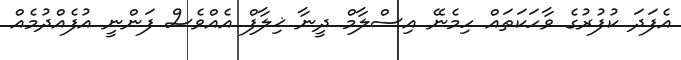
އެފަދަ ކުފުރުގެ ވާހަކަތައް ހިމެނޭ އިސްލާމް ދީނާ ޚިލާފް އެއްވެސް ފަންނީ އުފެއްދުމެއް